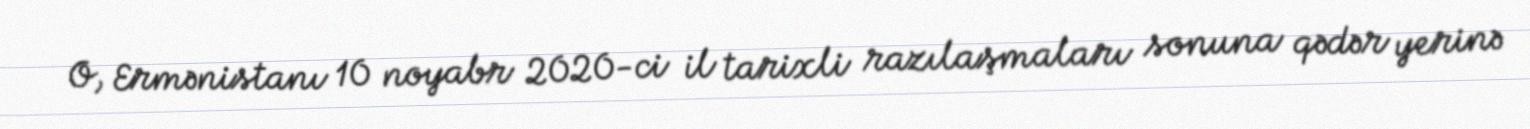
O, Ermənistanı 10 noyabr 2020-ci il tarixli razılaşmaları sonuna qədər yerinə